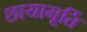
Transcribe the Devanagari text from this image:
छायामूर्ति